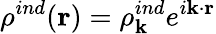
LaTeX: \rho^{ind}({\mathbf r})=\rho_{\mathbf k}^{ind}e^{i{\mathbf k}\cdot{\mathbf r}}